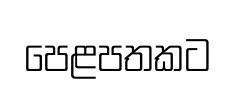
පෙළපතකට